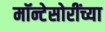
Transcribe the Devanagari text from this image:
मॉन्टेसोरींच्या